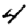
Digit: 4